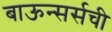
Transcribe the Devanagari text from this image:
बाऊन्सर्सची